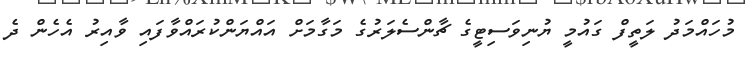
މުހައްމަދު ލަތީފް ގައުމީ ޔުނިވަސިޓީގެ ޗާންސެލަރުގެ މަގާމަށް އައްޔަންކުރައްވާފައި ވާއިރު އެހެން ދެ